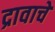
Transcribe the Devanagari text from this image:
द्रावाचे